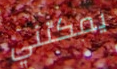
يمكنني